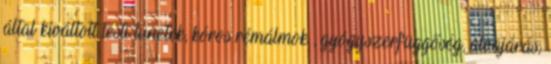
által kiváltott testi tünetek, kóros rémálmok , gyógyszerfüggőség, alvajárás,